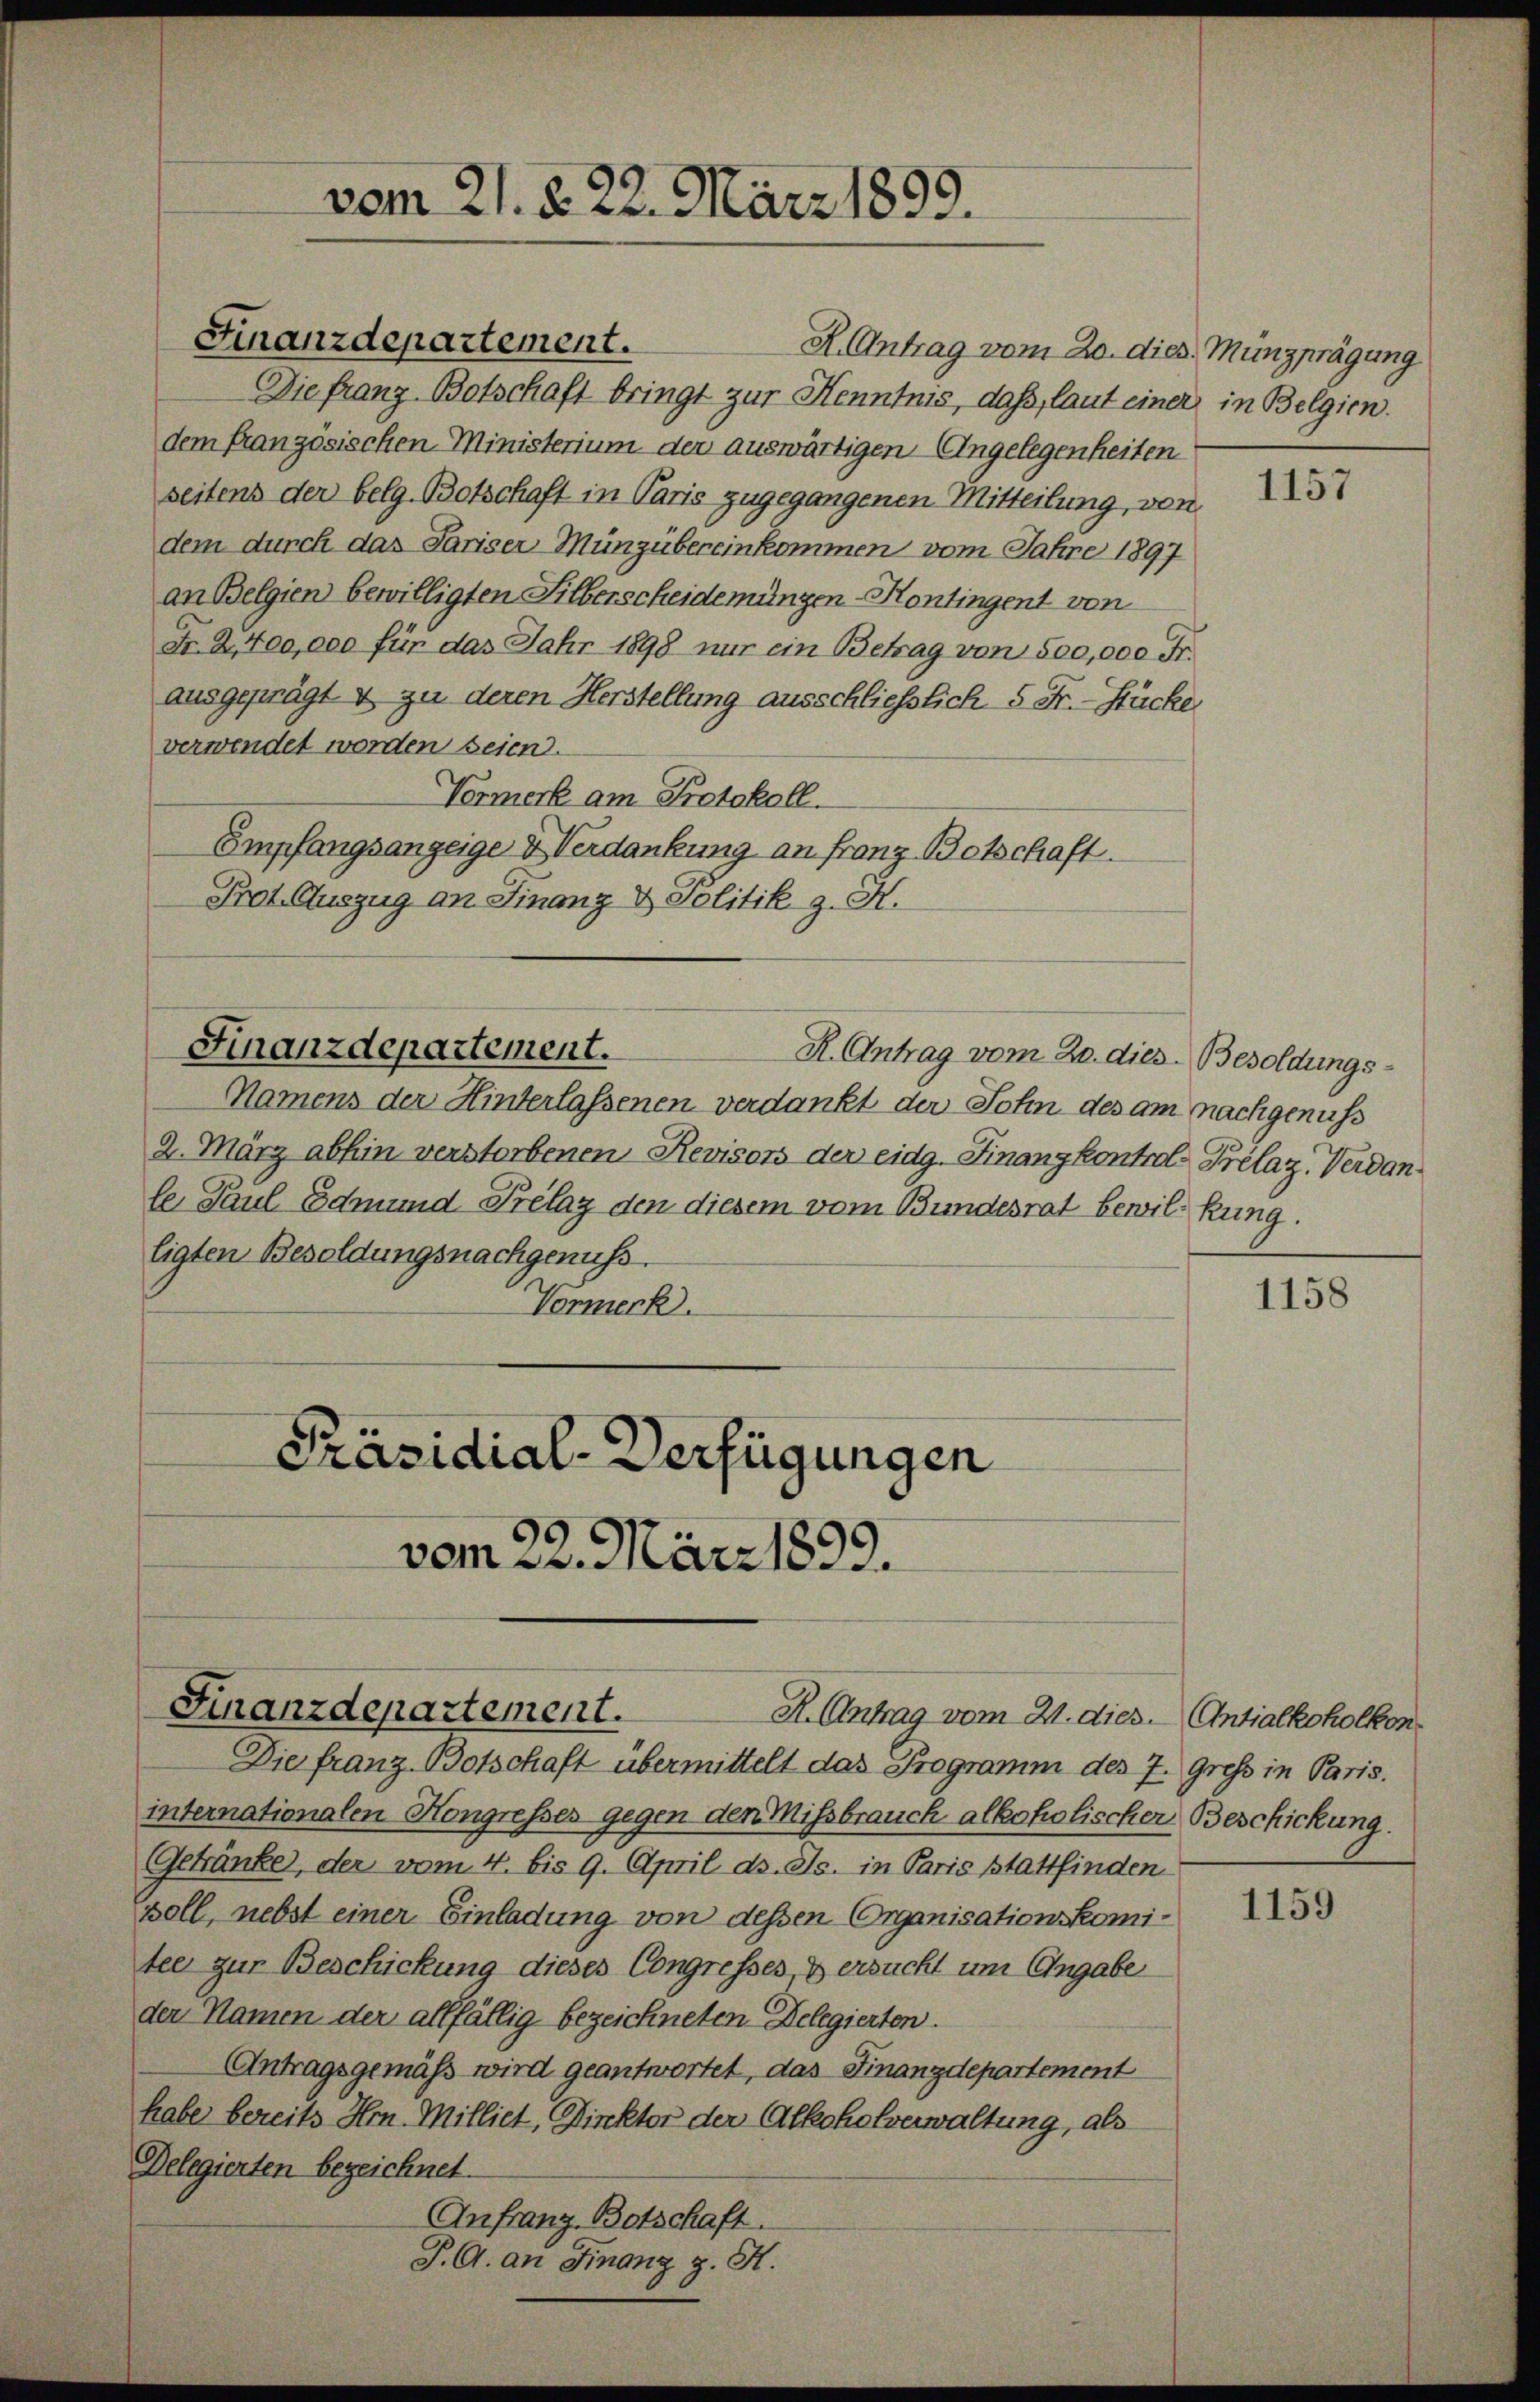
H. Antrag vom 20. dies Münzprägung
Die franz Botschaft bringt zur Kenntnis, dass, laut einer in Belgien.
dem französischen Ministerium der auswärtigen Angelegenheiten
seitens der belg. Botschaft in Paris zugegangenen Mitteilung, von
dem durch das Pariser Münzübereinkommen vom Jahre 1897
an Belgien bewilligten Silberscheidemungen-Hontingent von
Fr. 2,700,000 für das Jahr 1898 nur ein Betrag von 500,000 Fr.
ausgeprägt & zu deren Herstellung ausschließlich 5 Fr. - Stücke
verwendet worden seien.
Vormerk am Protokoll.
Empfangsanzeige & Verdankung an Franz Botschaft.
Prot. Auszug an Finanz & Politik z. H.
Finanzdepartement.
R. Antrag vom 20. dies. Besoldungs¬
Namens der Hinterlassenen verdankt der Sohn des am nachgenuss
2. März abhin verstorbenen Revisors der eidg. Finanzkontral-Prélaz. Verdanle Paul Edmund Prelaz den diesem vom Bundesrat bewil-Rung.
ligten Besoldungsnachgenuss.
Vormerk.
Präsidial-Verfügungen

Finanzdepartement.

vom 21. § 22. März 1899.

vom 22. März 1899.

Finanzdepartement.
H. Antrag vom 21. dies. Antialkoholkon

Die franz Botschaft übermittelt das Programm des 7. Gross in Paris.
internationalen Hongresses gegen den Missbrauch alkoholischer Beschickung.
Getränke, der vom 4. bis 9. April d. Js. in Paris stattfinden
voll, nebst einer Einladung von dessen Organisationskomitee zur Beschickung dieses Congresses, & ersucht um Angabe
der Namen der allfällig bezeichneten Delegierten.
Antragsgemäß wird geantwortet, das Finanzdepartement
habe bereits Hrn. Milliet, Dinktor der Alkoholverwaltung, als
Delegierten bezeichnet.
Anfranz-Botschaft.
P. G. an Finanz z. H.

1157

1158

1159